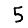
Digit: 5